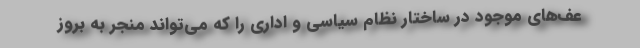
عف‌های موجود در ساختار نظام سیاسی و اداری را که می‌تواند منجر به بروز